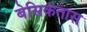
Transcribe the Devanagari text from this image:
बेसिकतास